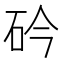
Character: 砛